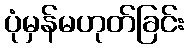
ပုံမှန်မဟုတ်ခြင်း